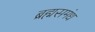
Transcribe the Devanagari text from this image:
ब्रह्मसमंध